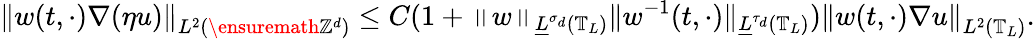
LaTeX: \left\| w(t,\cdot)\nabla(\eta u)\right\| _{L^{2}\left(\ensuremath{\mathbb{Z}^{d}}\right)}\leq C(1+\left\| w\right\| _{\underline{{L}}^{\sigma_{d}}\left(\mathbb{T}_{L}\right)}\| w^{-1}(t,\cdot)\| _{\underline{{L}}^{\tau_{d}}\left(\mathbb{T}_{L}\right)})\left\| w(t,\cdot)\nabla u\right\| _{L^{2}\left(\mathbb{T}_{L}\right)}.